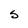
Character: S